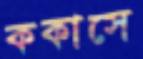
ককাসে